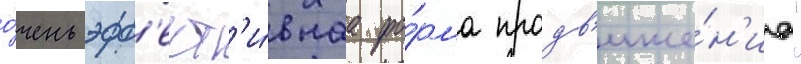
о́чень эфф'ект'и́внаа фо́рма продв'иже́н'иа"